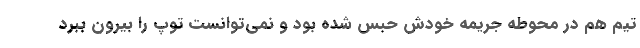
تیم هم در محوطه جریمه خودش حبس شده بود و نمی‌توانست توپ را بیرون ببرد